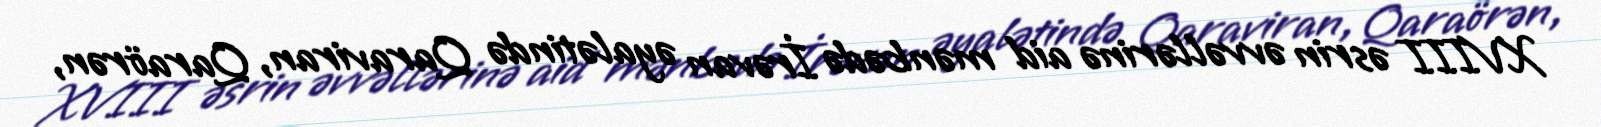
XVIII əsrin əvvəllərinə aid mənbədə İrəvan əyalətində Qaraviran, Qaraörən,